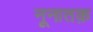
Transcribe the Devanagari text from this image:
नूनातक़